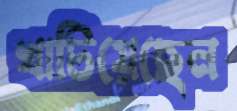
খাটিয়েছেন